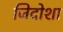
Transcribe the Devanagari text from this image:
जिदोशा